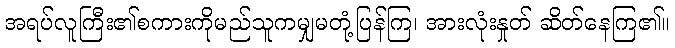
အရပ်လူကြီး၏စကားကိုမည်သူကမျှမတုံ့ပြန်ကြ၊ အားလုံးနှုတ် ဆိတ်နေကြ၏။